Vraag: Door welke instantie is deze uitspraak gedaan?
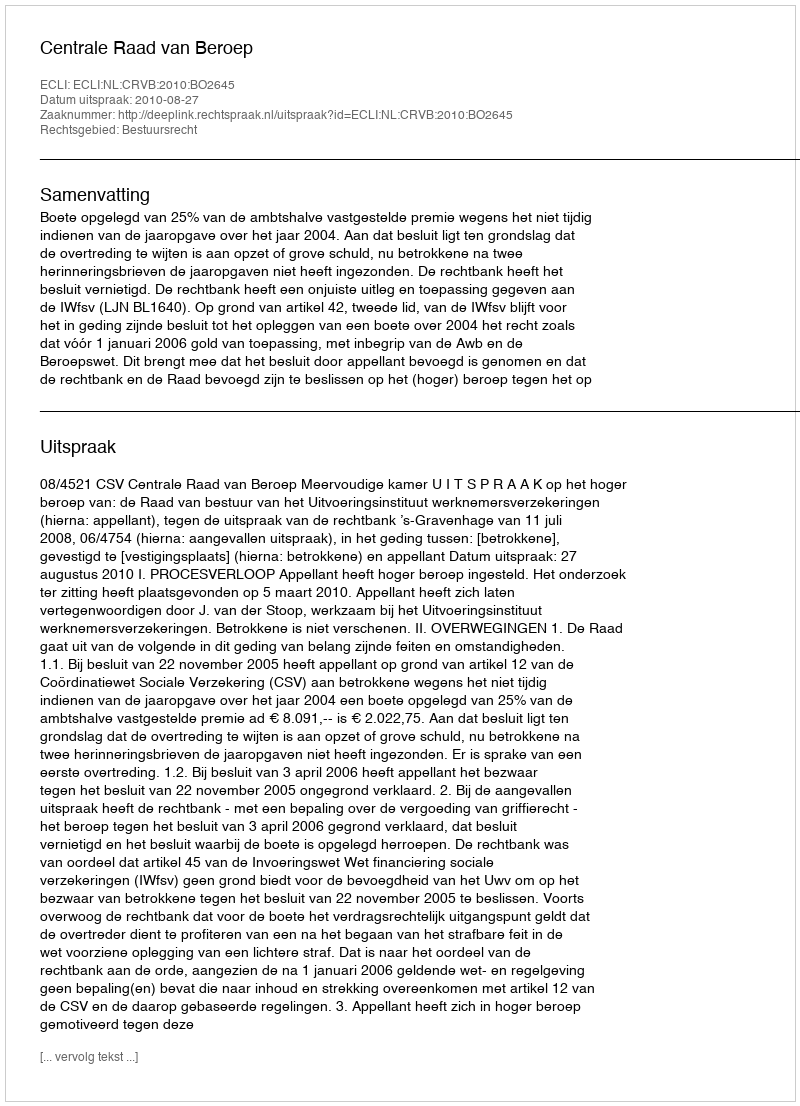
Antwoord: Centrale Raad van Beroep